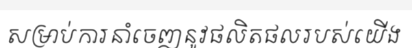
សម្រាប់ការនាំចេញនូវផលិតផលរបស់យើង